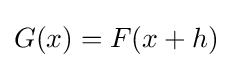
G(x)=F(x+h)